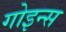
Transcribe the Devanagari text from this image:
गोइन्स